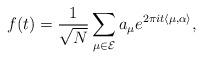
LaTeX: \begin{align*}f(t)=\frac{1}{\sqrt{N}}\sum_{\mu\in\mathcal{E}}a_{\mu}e^{2\pi it\langle\mu,\alpha\rangle},\end{align*}